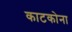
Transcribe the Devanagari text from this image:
काटकोना